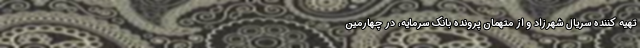
تهیه کننده سریال شهرزاد و از متهمان پرونده بانک سرمایه، در چهارمین